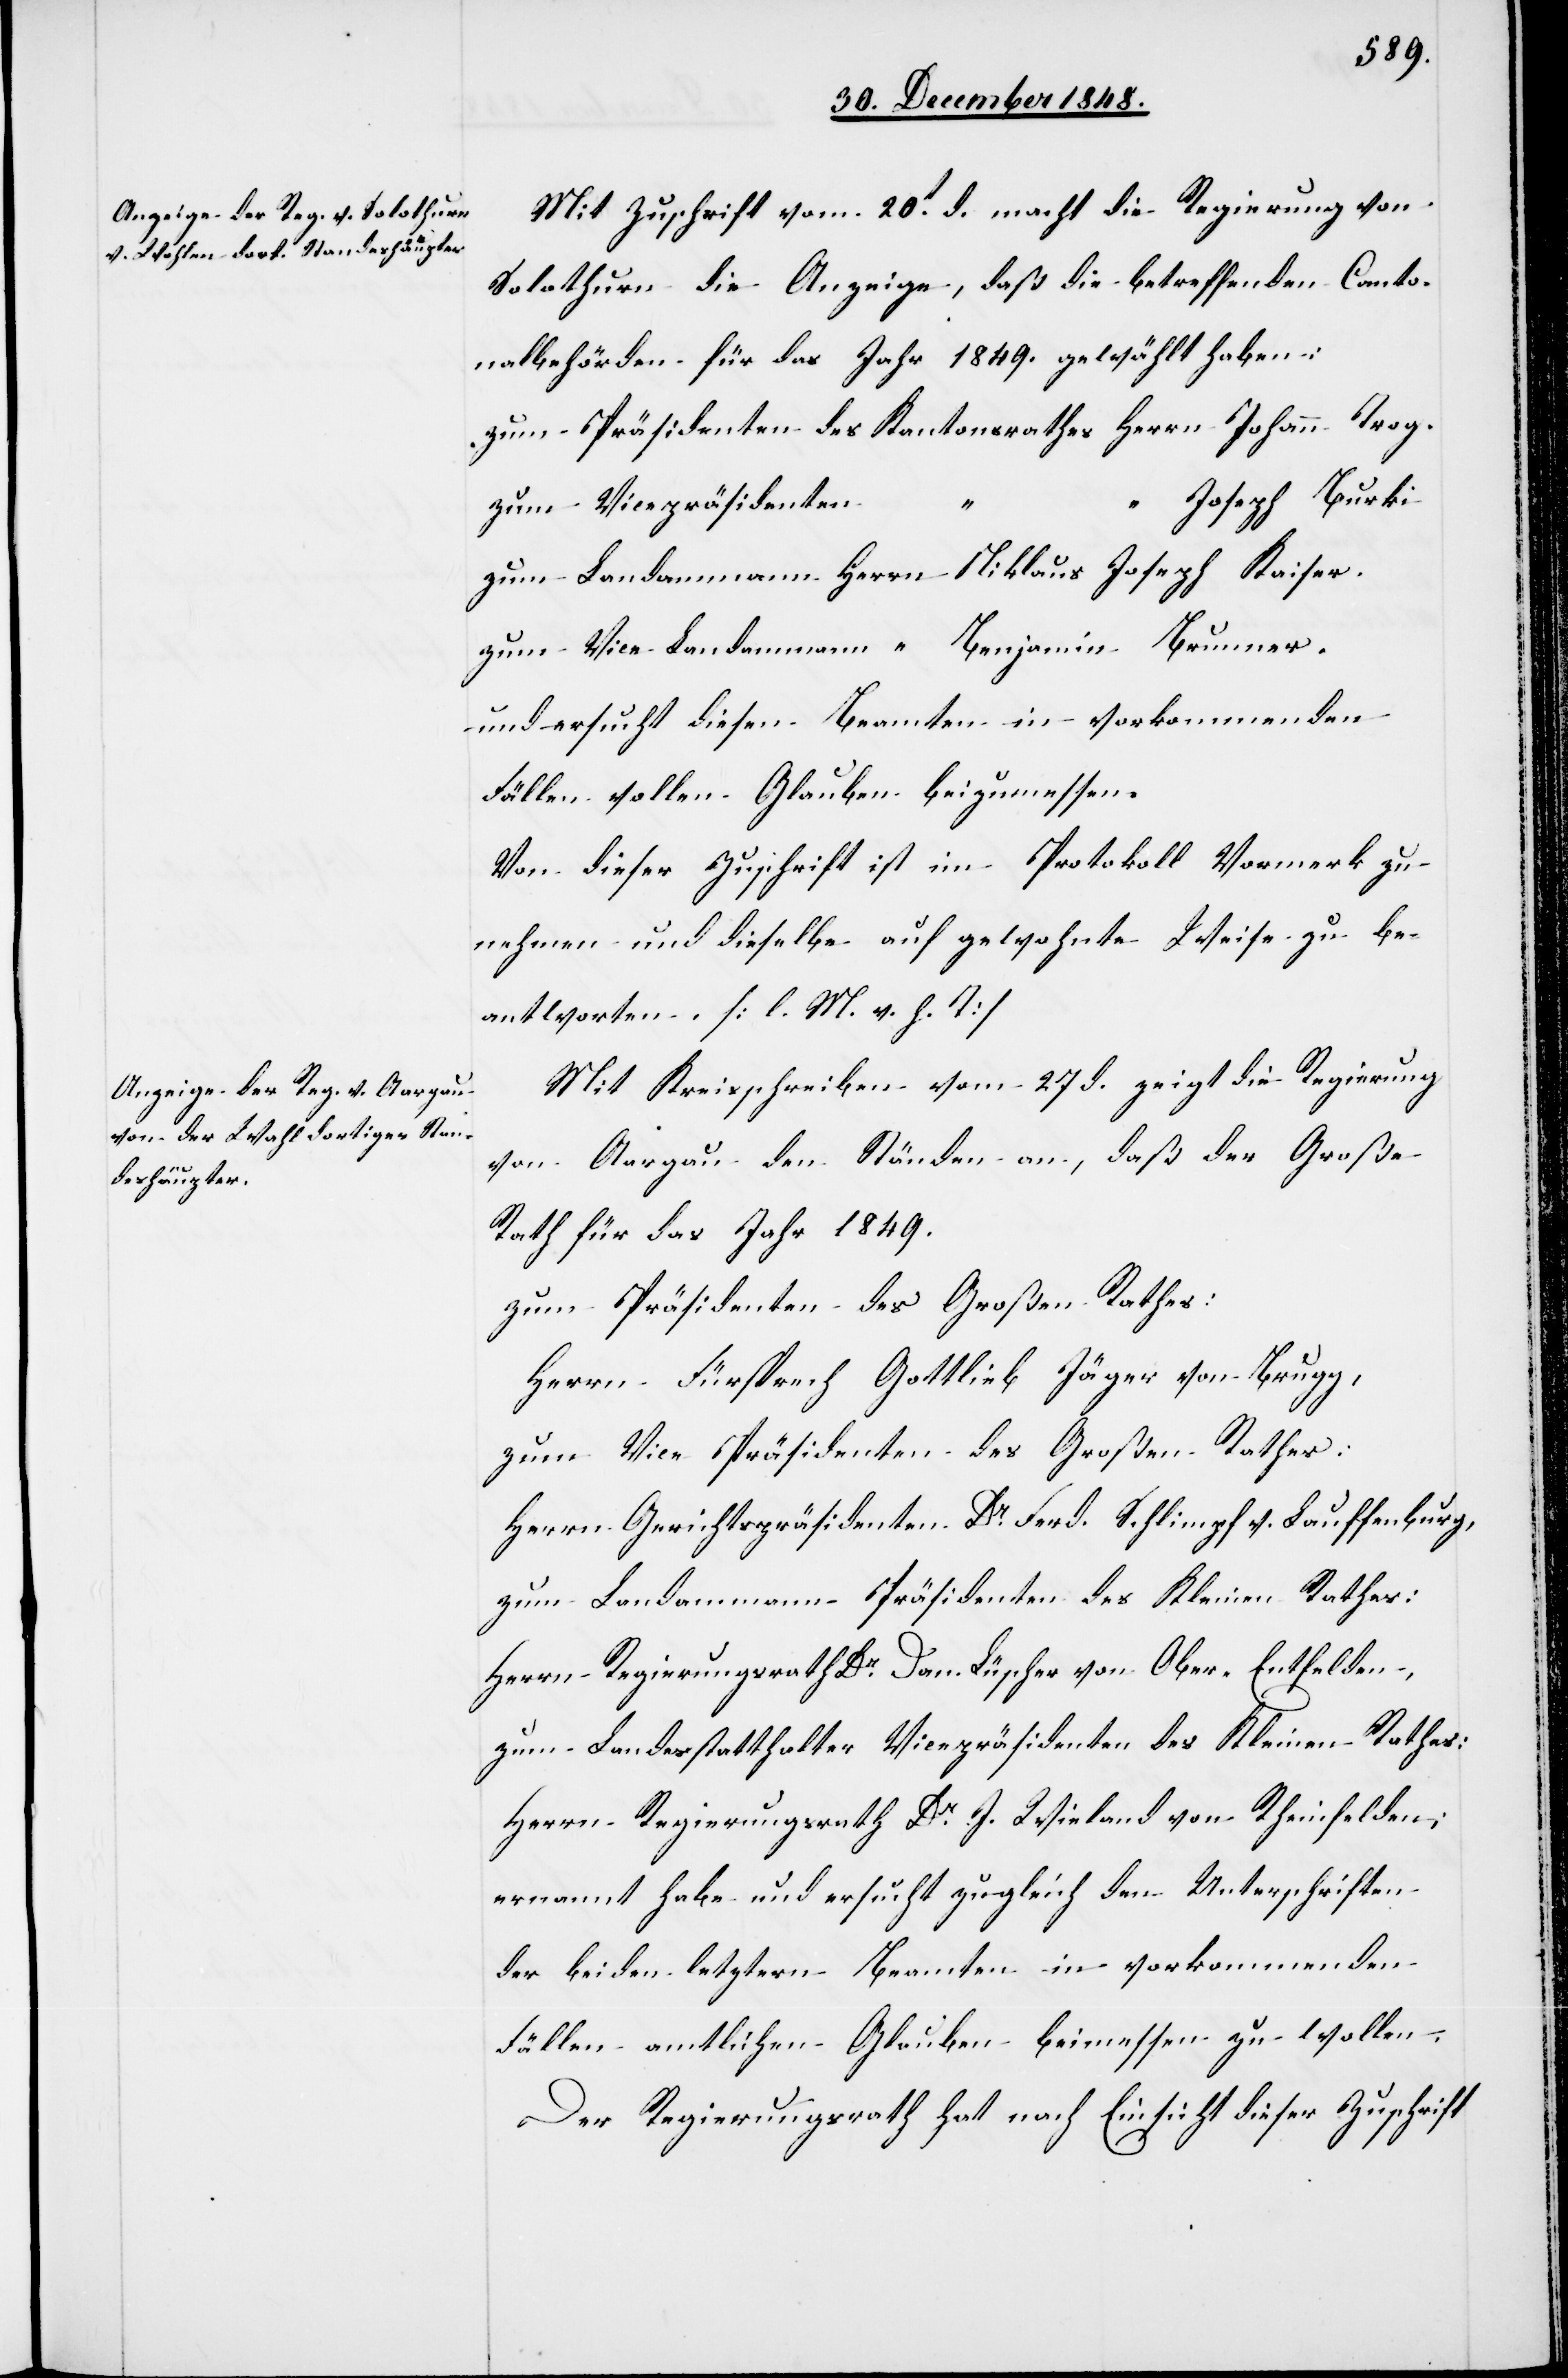
Mit Zuschrift vom 20t d. macht die Regierung von
Solothurn die Anzeige, das die betreffenden Canto¬
nalbehörden für das Jahr 1849. gewählte haben:
zum Präsidenten des Kantonsrathes Herrn Johann Trog.
“ Joseph Burki
zum Vicepräsidenten
zum Landammann Herrn Niklaus Joseph Kaiser.
zum Vice-Landamann “ Benjamin Brunner.
und ersucht diesen Beamten in vorkommenden
Fällen vollen Glauben beizumessen.
Von dieser Zuschrift ist im Protokoll Vormerk zu
nehmen und dieselbe auf gewohnte Weise zu be¬
antworten. [l. M. v. h. T]
Mit Kreisschreiben vom 27 d. zeigt die Regierung
von Aargau den Ständen an, daß der Große
Rath für das Jahr 1849.
zum Präsidenten des Großen Rathes:
Herrn Fürsprech Gottlieb Jäger von Brugg,
zum Vice Präsidenten des Großen Rathes:
Herrn Gerichtspräsidenten Dr Ferd. Schlimpf v. Laufenburg,
zum Landammann Präsidenten des Kleinen Rathes:
Herrn Regierungsrath Dr Dan. Lüscher von Ober-Entfelden,
zum Landesstatthalter Vicepräsidenten des Kleinen Rathes:
Herrn Regierungsrath Dr J. Wieland von Rheinfelden;
ernannt habe und ersucht zugleich den Unterschriften
der beiden letztern Beamten in vorkommenden
Fällen amtlichen Glauben beimessen zu wollen.
Der Regierungsrath hat nach Einsicht dieser Zuschrift